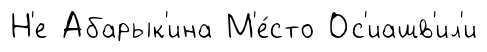
Н'е Абарык'ина М'е́сто Ос'иашв'ил'и